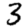
Digit: 3